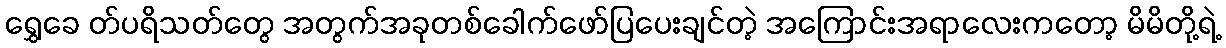
ရွှေခေ တ်ပရိသတ်တွေ အတွက်အခုတစ်ခေါက်ဖော်ပြပေးချင်တဲ့ အကြောင်းအရာလေးကတော့ မိမိတို့ရဲ့